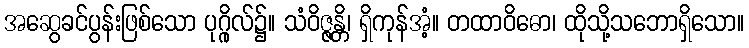
အဆွေခင်ပွန်းဖြစ်သော ပုဂ္ဂိုလ်၌။ သံဝိဇ္ဇန္တိ၊ ရှိကုန်အံ့။ တထာဝိဓော၊ ထိုသို့သဘောရှိသော။